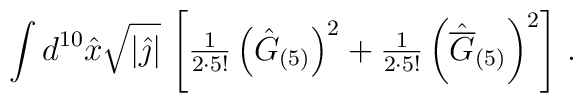
\int d^{10}\hat{x}\sqrt{|\hat{\jmath}|}\,\left[ {\textstyle\frac{1}{2\cdot 5!}}\left(\hat{G}_{(5)}\right)^{2}+{\textstyle\frac{1}{2\cdot 5!}}\left(\hat{\overline{G}}_{(5)}\right)^{2}\right]\, .